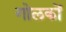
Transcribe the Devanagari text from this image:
गोलकों